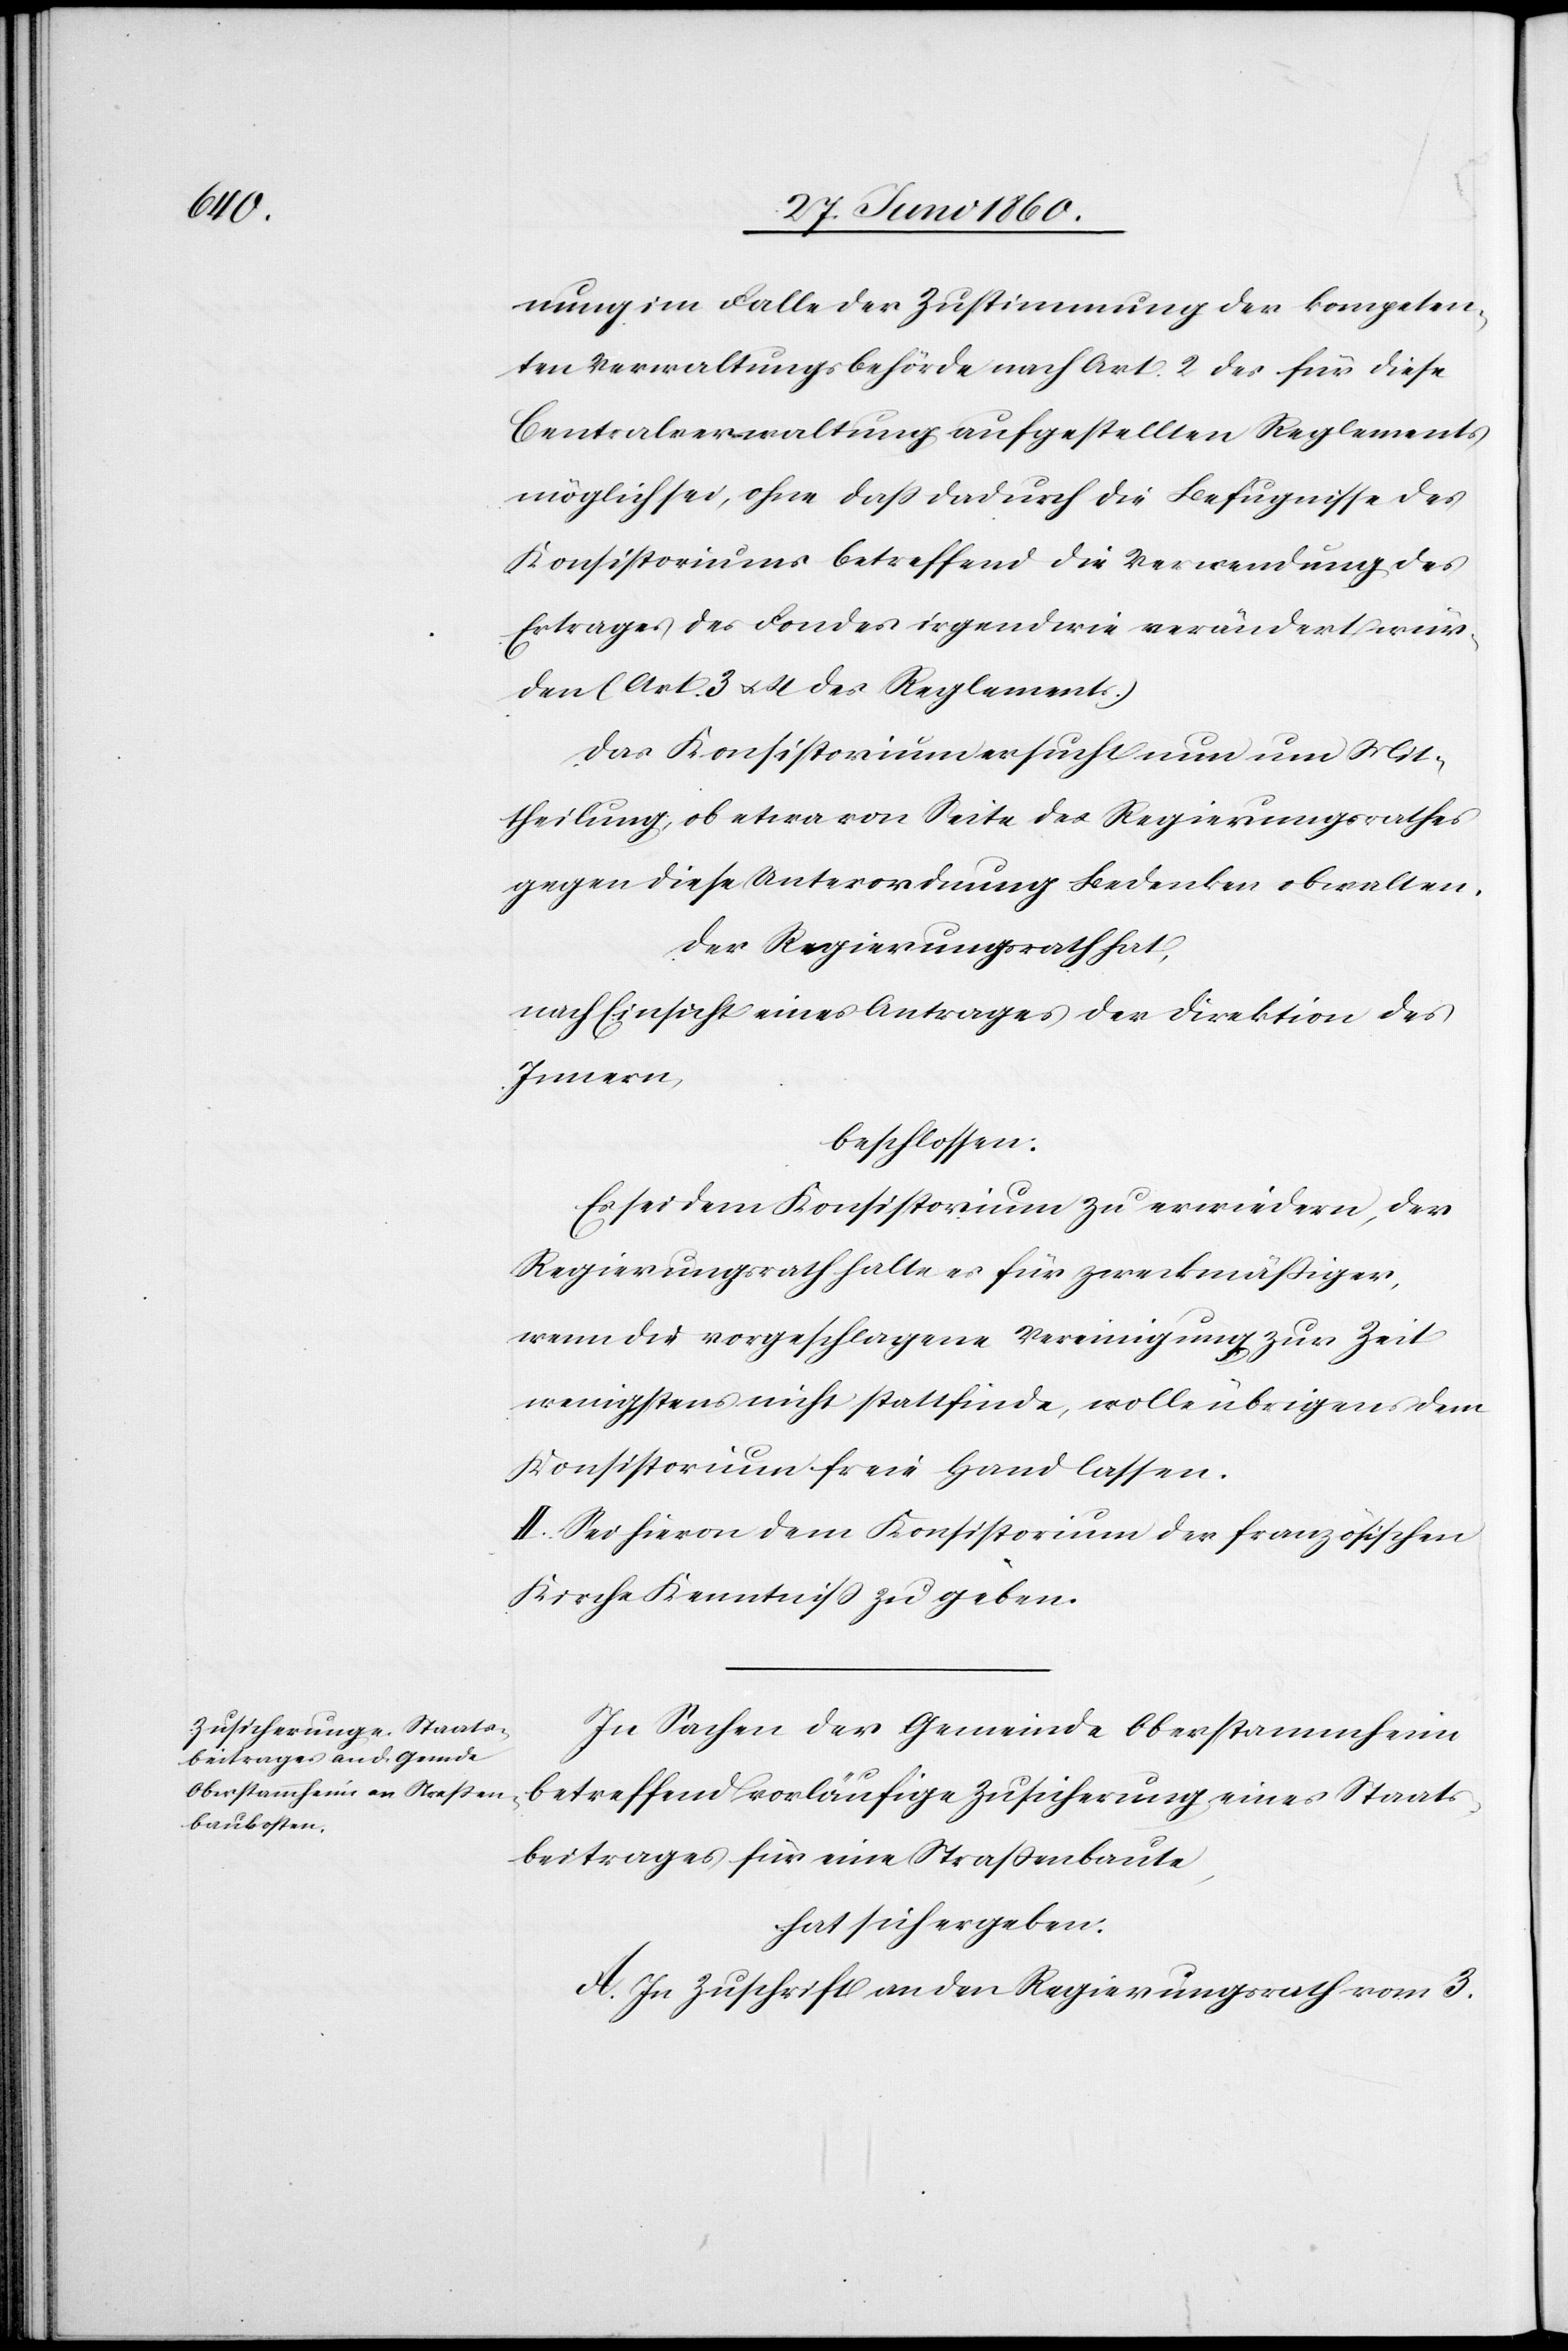
nung im Falle der Zustimmung der kompeten¬
ten Verwaltungsbehörde nach Art. 2 des für diese
Centralverwaltung aufgestellten Reglements
möglich sei, ohne dass dadurch die Befugnisse des
Konsistoriums betreffend die Verwendung des
Ertrages des Fondes irgendwie verändert wür¬
den (Art. 3 u. 4 des Reglements.)
Das Konsistorium ersucht nun um Mit¬
theilung, ob etwa von Seite des Regierungsrathes
gegen diese Unterordnung Bedenken obwalten.
Der Regierungsrath hat,
nach Einsicht eines Antrages der Direktion des
Innern,
beschlossen:
Es sei dem Konsistorium zu erwiedern, der
Regierungsrath halte es für zweckmässiger,
wenn die vorgeschlagene Vereinigung zur Zeit
wenigstens nicht stattfinde, wolle übrigens dem
Konsistorium freie Hand lassen.
II. Sei hievon dem Konsistorium der französischen
Kirche Kenntniss zu geben.
In Sachen der Gemeinde Oberstammheim
betreffend vorläufige Zusicherung eines Staats¬
beitrages für eine Strassenbaute,
hat sich ergeben.
A. In Zuschrift an den Regierungsrath vom 3.